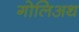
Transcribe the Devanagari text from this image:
गोलिअथ